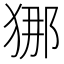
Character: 𭸐